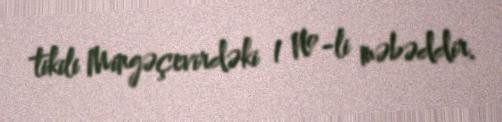
tikili Mingəçevirdəki 1 №-li məbəddir.